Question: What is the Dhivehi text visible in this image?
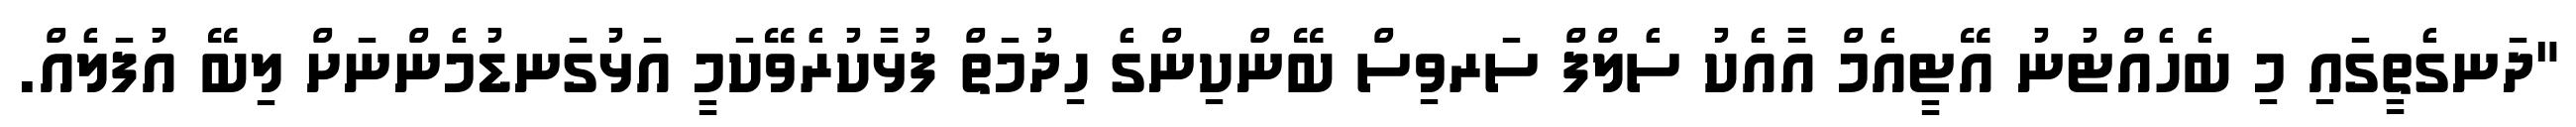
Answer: "ދަނގެތީގައި މި ބެހެއްޓުނު އޭޓީއެމް އާއެކު ސެލްފް ސަރވިސް ބޭންކިންގެ ހިދުމަތް ފުޅާކުރެވޭކަމީ އަޅުގަނޑުމެންނަށް ލިބޭ އުފަލެއް.